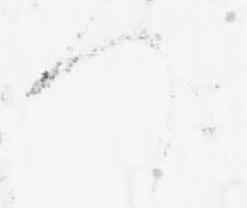
つ